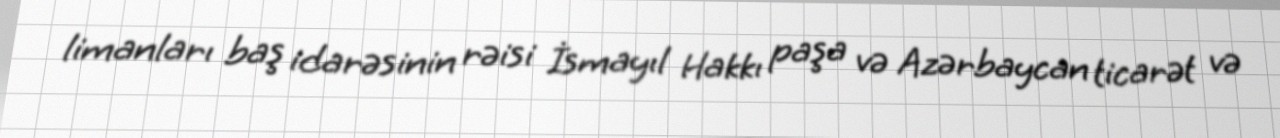
limanları baş idarəsinin rəisi İsmayıl Hakkı paşa və Azərbaycan ticarət və